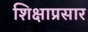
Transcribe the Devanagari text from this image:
शिक्षाप्रसार